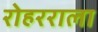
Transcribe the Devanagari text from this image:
रोहरराला